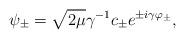
LaTeX: \begin{align*}\psi_{\pm} = \sqrt{2\mu}\gamma^{-1} c_{\pm} e^{\pm i \gamma \varphi_{\pm} },\end{align*}